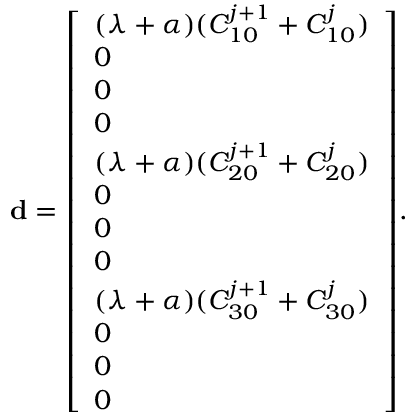
\mathbf { d } = { \left[ \begin{array} { l } { ( \lambda + \alpha ) ( C _ { 1 0 } ^ { j + 1 } + C _ { 1 0 } ^ { j } ) } \\ { 0 } \\ { 0 } \\ { 0 } \\ { ( \lambda + \alpha ) ( C _ { 2 0 } ^ { j + 1 } + C _ { 2 0 } ^ { j } ) } \\ { 0 } \\ { 0 } \\ { 0 } \\ { ( \lambda + \alpha ) ( C _ { 3 0 } ^ { j + 1 } + C _ { 3 0 } ^ { j } ) } \\ { 0 } \\ { 0 } \\ { 0 } \end{array} \right] } .